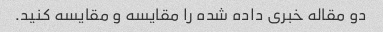
دو مقاله خبری داده شده را مقایسه و مقایسه کنید.